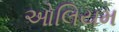
ઓલિયમ